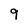
Character: 9